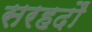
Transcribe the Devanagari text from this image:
सरहदौं